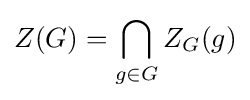
Z(G)=\bigcap _{g\in G}Z_{G}(g)